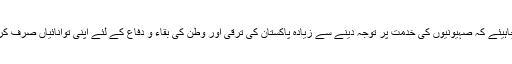
لہذا پاکستان میں موجود صہیونی عزائم رکھنے والے عناصر کو چاہیئے کہ صہیونیوں کی خدمت پر توجہ دینے سے زیادہ پاکستان کی ترقی اور وطن کی بقاء و دفاع کے لئے اپنی توانائیاں صرف کریں، کیونکہ اسرائیل سے دوستی وطن سے خیانت اور غداری ہے۔